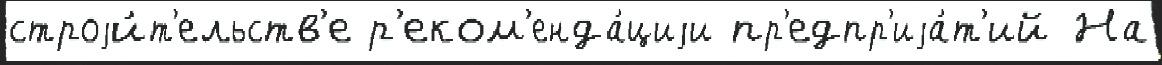
строjи́т'ельств'е р'еком'енда́циjи пр'едпр'иjа́т'ий На